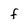
Character: f